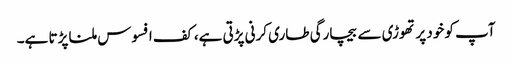
آپ کو خود پر تھوڑی سے بیچارگی طاری کرنی پڑتی ہے، کف افسوس ملنا پڑتا ہے۔